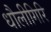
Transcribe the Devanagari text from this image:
धौलीगिरि